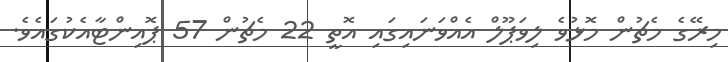
މިރޭގެ މެޗުން މޮޅުވެ ލިވަޕޫލް އެއްވަނައިގައި އޮތީ 22 މެޗުން 57 ޕޮއިންޓާއެކުގައެވެ.